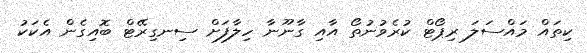
ކިތައް މައްސަލަ ރިޕޯޓް ކުރެވުނުތޯ އާއި ގާނޫނާ ހިލާފަށް ސިނގިރޭޓް ބޮއިގެން އެކަކު